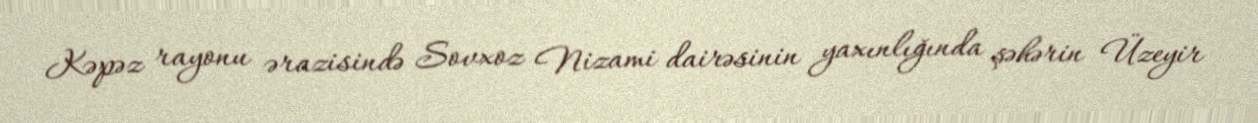
Kəpəz rayonu ərazisində Sovxoz Nizami dairəsinin yaxınlığında şəhərin Üzeyir